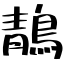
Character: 鶄